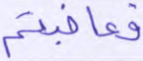
فعاقبتم